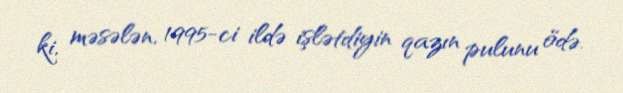
ki, məsələn, 1995-ci ildə işlətdiyin qazın pulunu ödə.